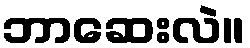
ဘာဆေးလဲ။